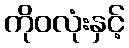
ကိုဝလုံးနှင့်